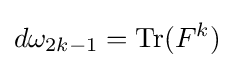
d\omega _{2k-1}=\operatorname {Tr} (F^{k})